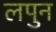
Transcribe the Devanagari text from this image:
लपुन